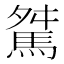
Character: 𩣏